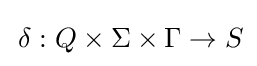
\,\delta :Q\times \Sigma \times \Gamma \rightarrow S